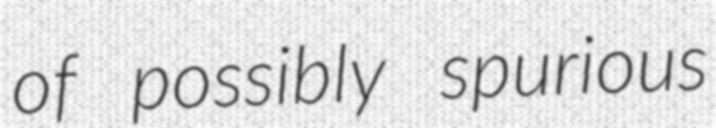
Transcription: of possibly spurious